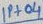
Text: IP+04